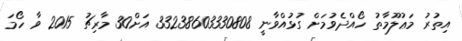
އިތުރު މަޢުލޫމާތު ހޯއްދެވުމަށް ގުޅުއްވާނީ 33238603330808 އަށް30 މާރިޗު 2015 ވާ ހޯމަ